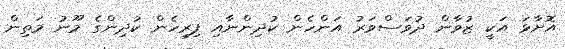
އޮށާޅަ އަކީ ޒުވާން ދުވަސްވަރު އަންހެން ކުދިންނާއި ފިރިހެން ކުދިންގެ މޫނު މަތިން